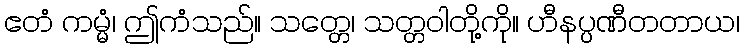
ဧတံ ကမ္မံ၊ ဤကံသည်။ သတ္တေ၊ သတ္တဝါတို့ကို။ ဟီနပ္ပဏီတတာယ၊